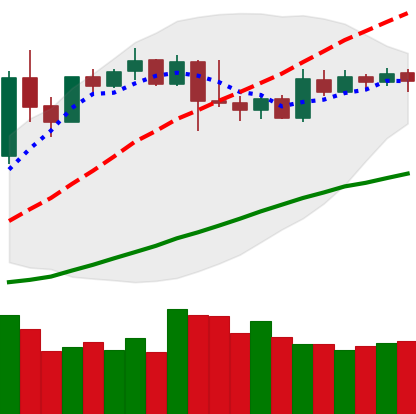
Ticker: XMR-USD
Chart end date: 2019-04-21
Forward return: -9.646%
Label: down_7plus